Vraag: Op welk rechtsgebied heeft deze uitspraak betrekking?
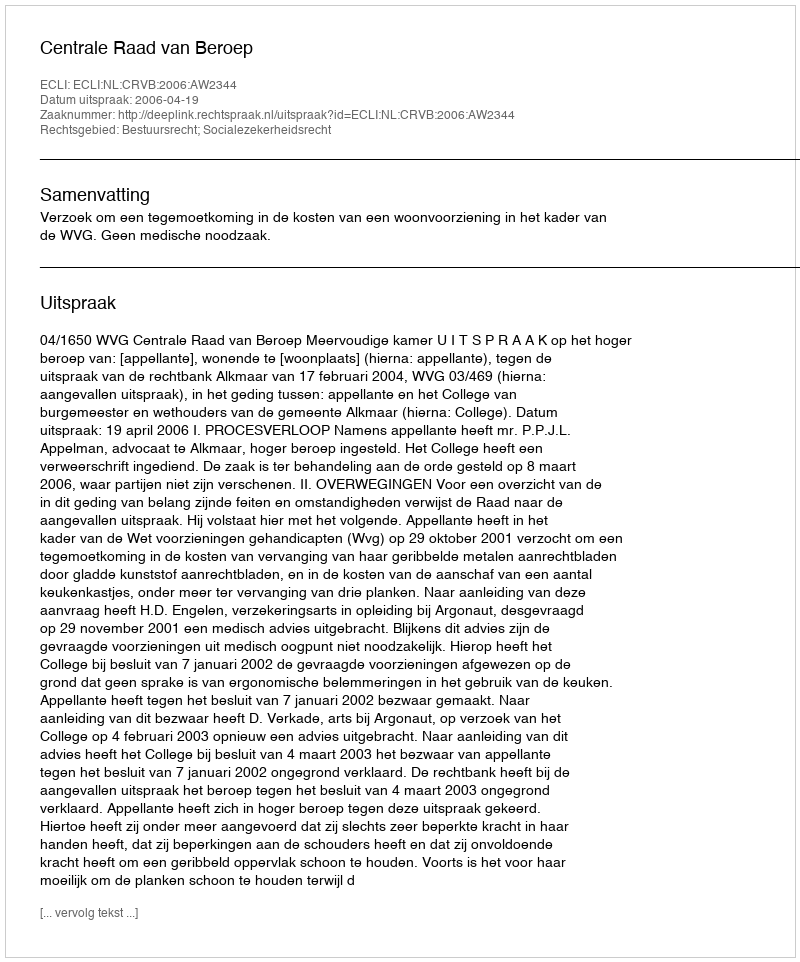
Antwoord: Bestuursrecht; Socialezekerheidsrecht